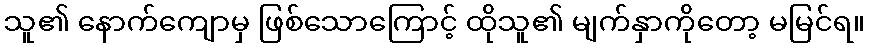
သူ၏ နောက်ကျောမှ ဖြစ်သောကြောင့် ထိုသူ၏ မျက်နှာကိုတော့ မမြင်ရ။